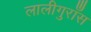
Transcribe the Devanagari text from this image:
लालीगुराँस